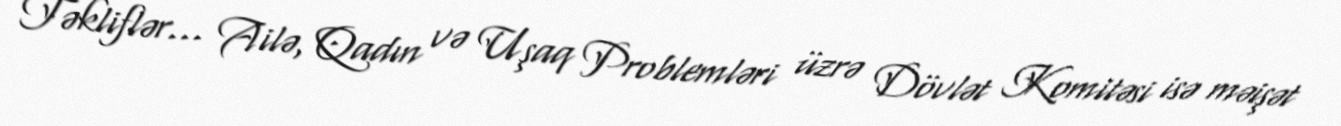
Təkliflər... Ailə, Qadın və Uşaq Problemləri üzrə Dövlət Komitəsi isə məişət